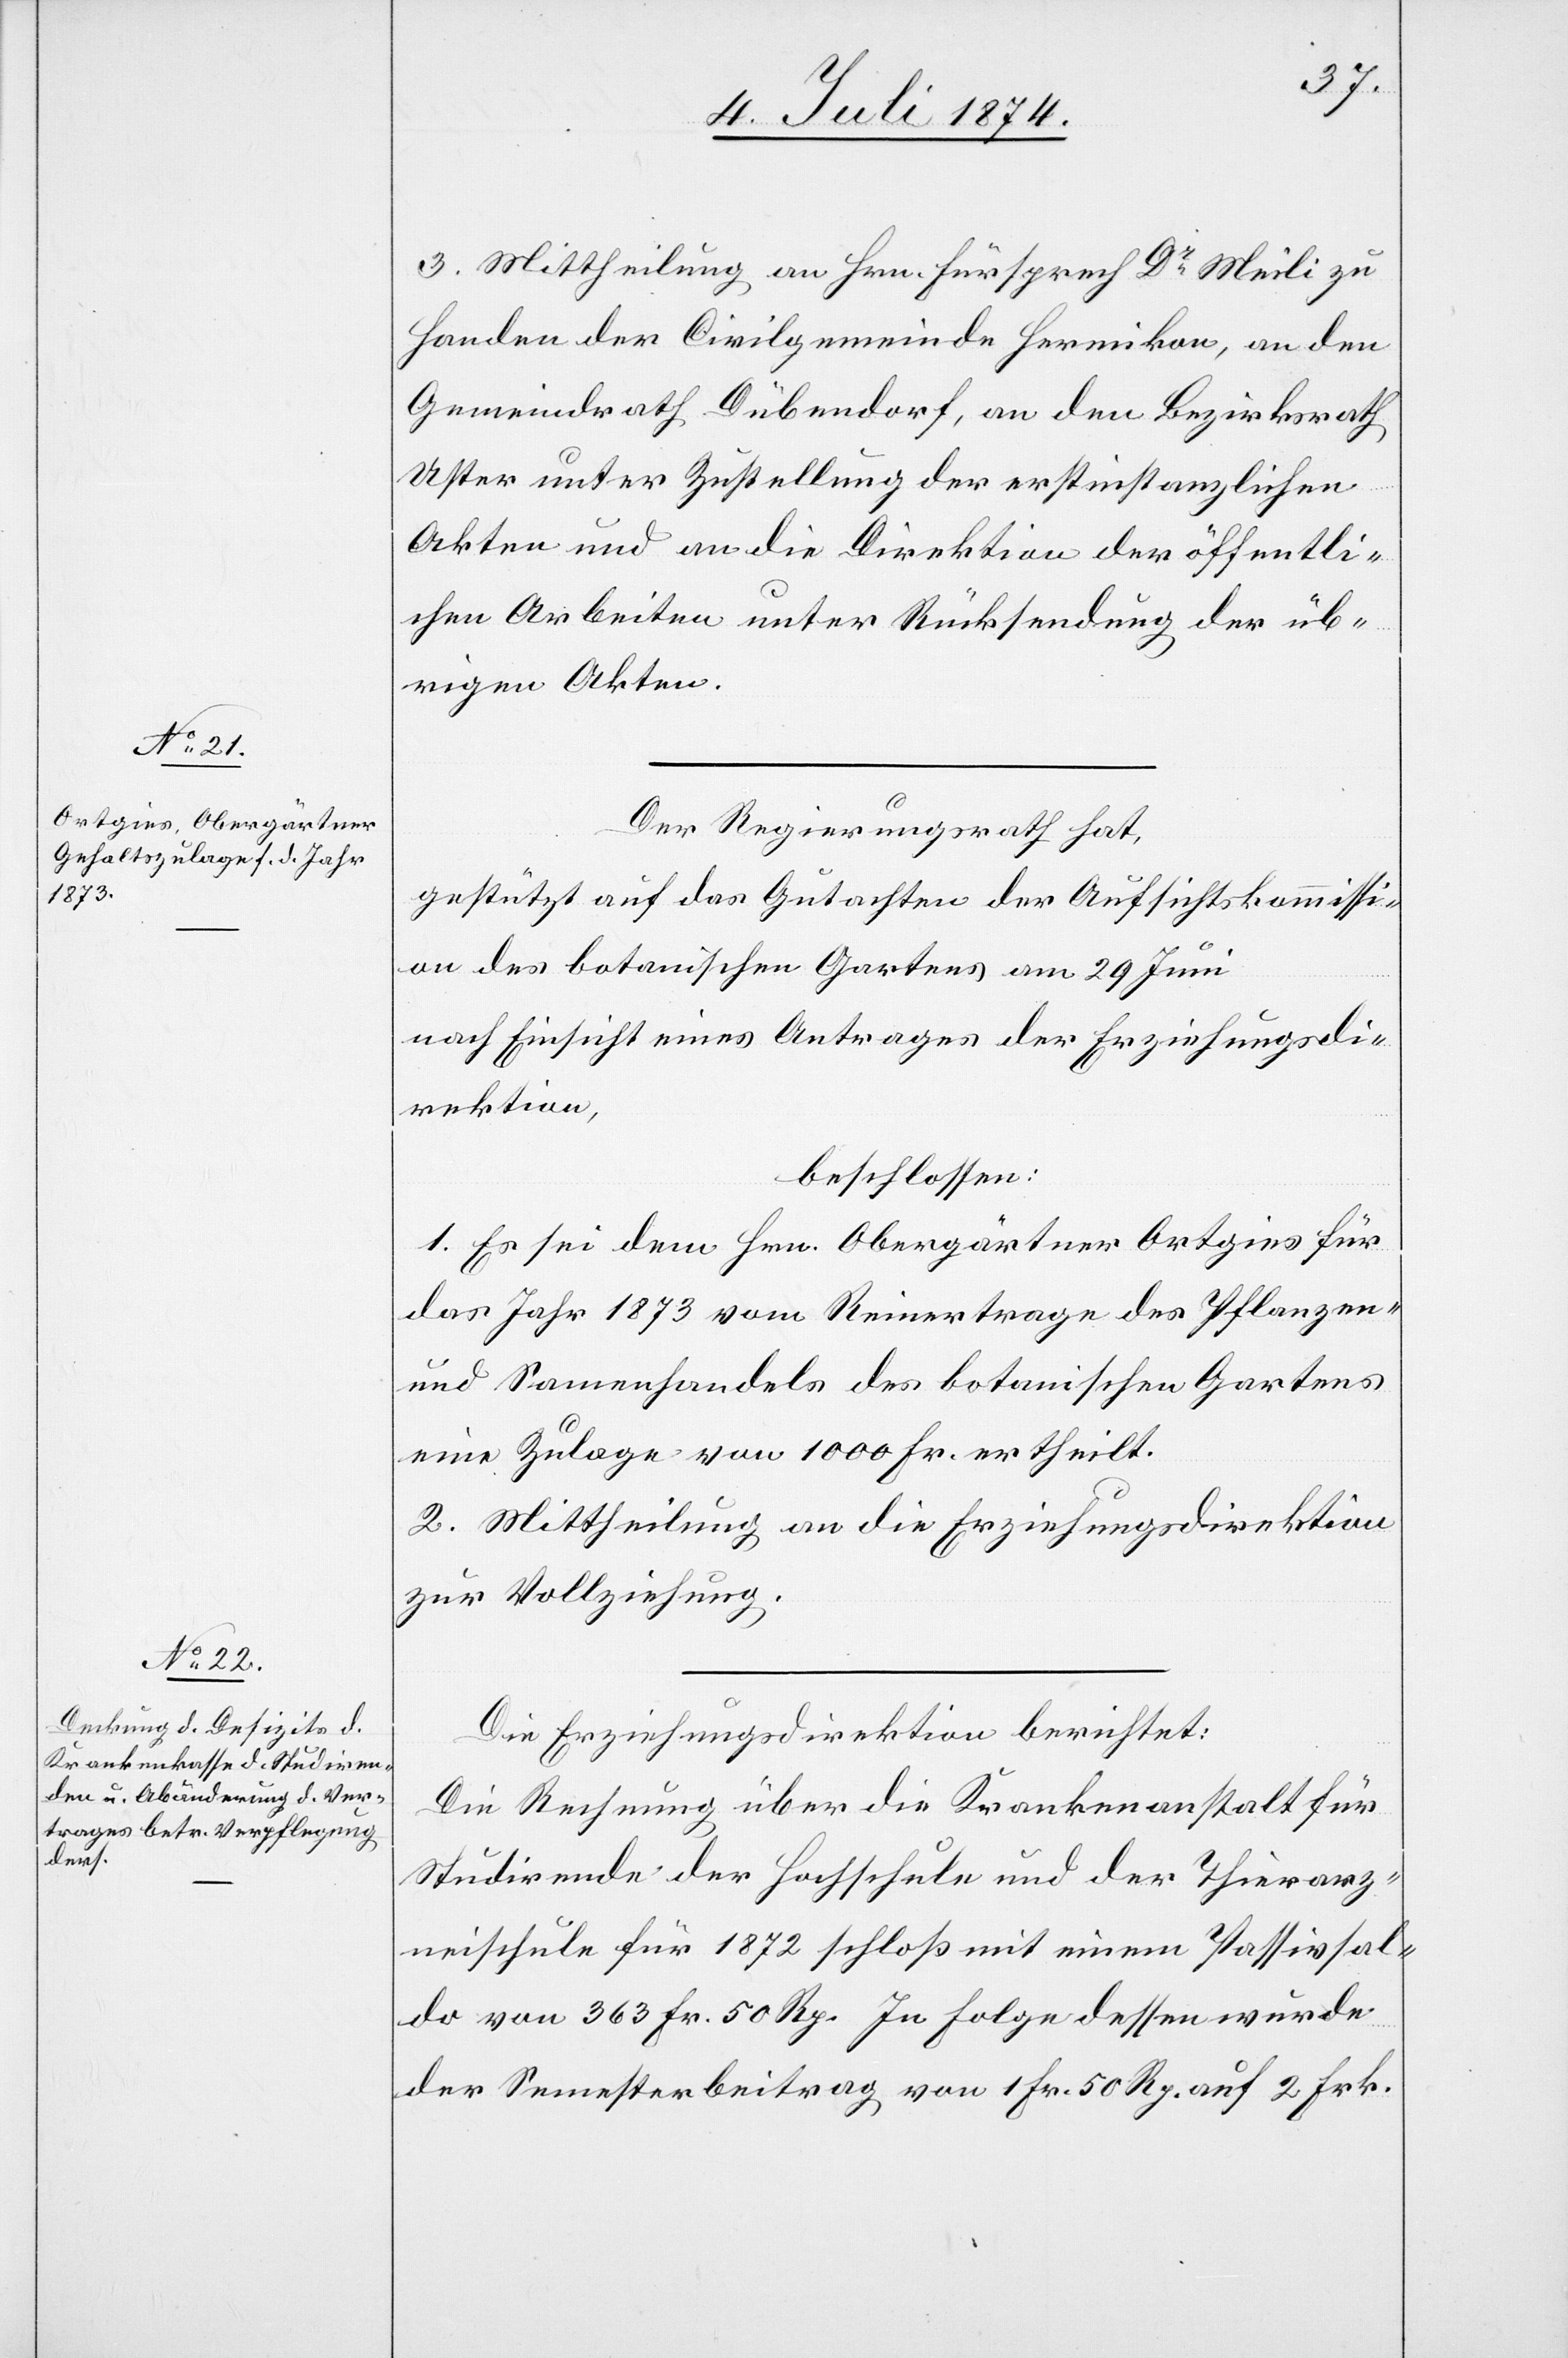
3. Mittheilung an Hrn. Fürsprech Dr Meili zu
Handen der Civilgemeinde Hermikon, an den
Gemeindrath Dübendorf, an den Bezirksrath
Uster unter Zustellung der erstinstanzlichen
Akten und an die Direktion der öffentli¬
chen Arbeiten unter Rücksendung der üb¬
rigen Akten.
Der Regierungsrath hat,
gestützt auf das Gutachten der Aufsichtskommissi¬
on des botanischen Gartens am 29. Juni
nach Einsicht eines Antrages der Erziehungsdi¬
rektion,
beschlossen:
1. Es sei dem Hrn. Obergärtner Ortgies für
das Jahr 1873 vom Reinertrage des Pflanzen-
und Samenhandels des botanischen Gartens
eine Zulage von 1000 Fr. ertheilt.
2. Mittheilung an die Erziehungsdirektion
zur Vollziehung.
Die Erziehungsdirektion berichtet:
Die Rechnung über die Krankenanstalt für
Studirende der Hochschule und der Thierarz¬
neischule für 1872 schloß mit einem Passivsal¬
do von 363 Fr. 50 Rp. In Folge dessen wurde
der Semesterbeitrag von 1 Fr. 50 Rp. auf 2 Frk.